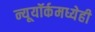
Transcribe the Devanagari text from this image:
न्यूयॉर्कमध्येही